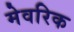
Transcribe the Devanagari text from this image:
मेवरिक